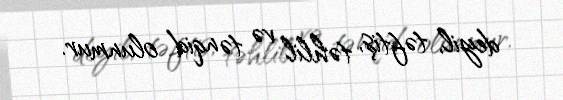
deyil, təftiş, təhlil və tənqid olunmur.